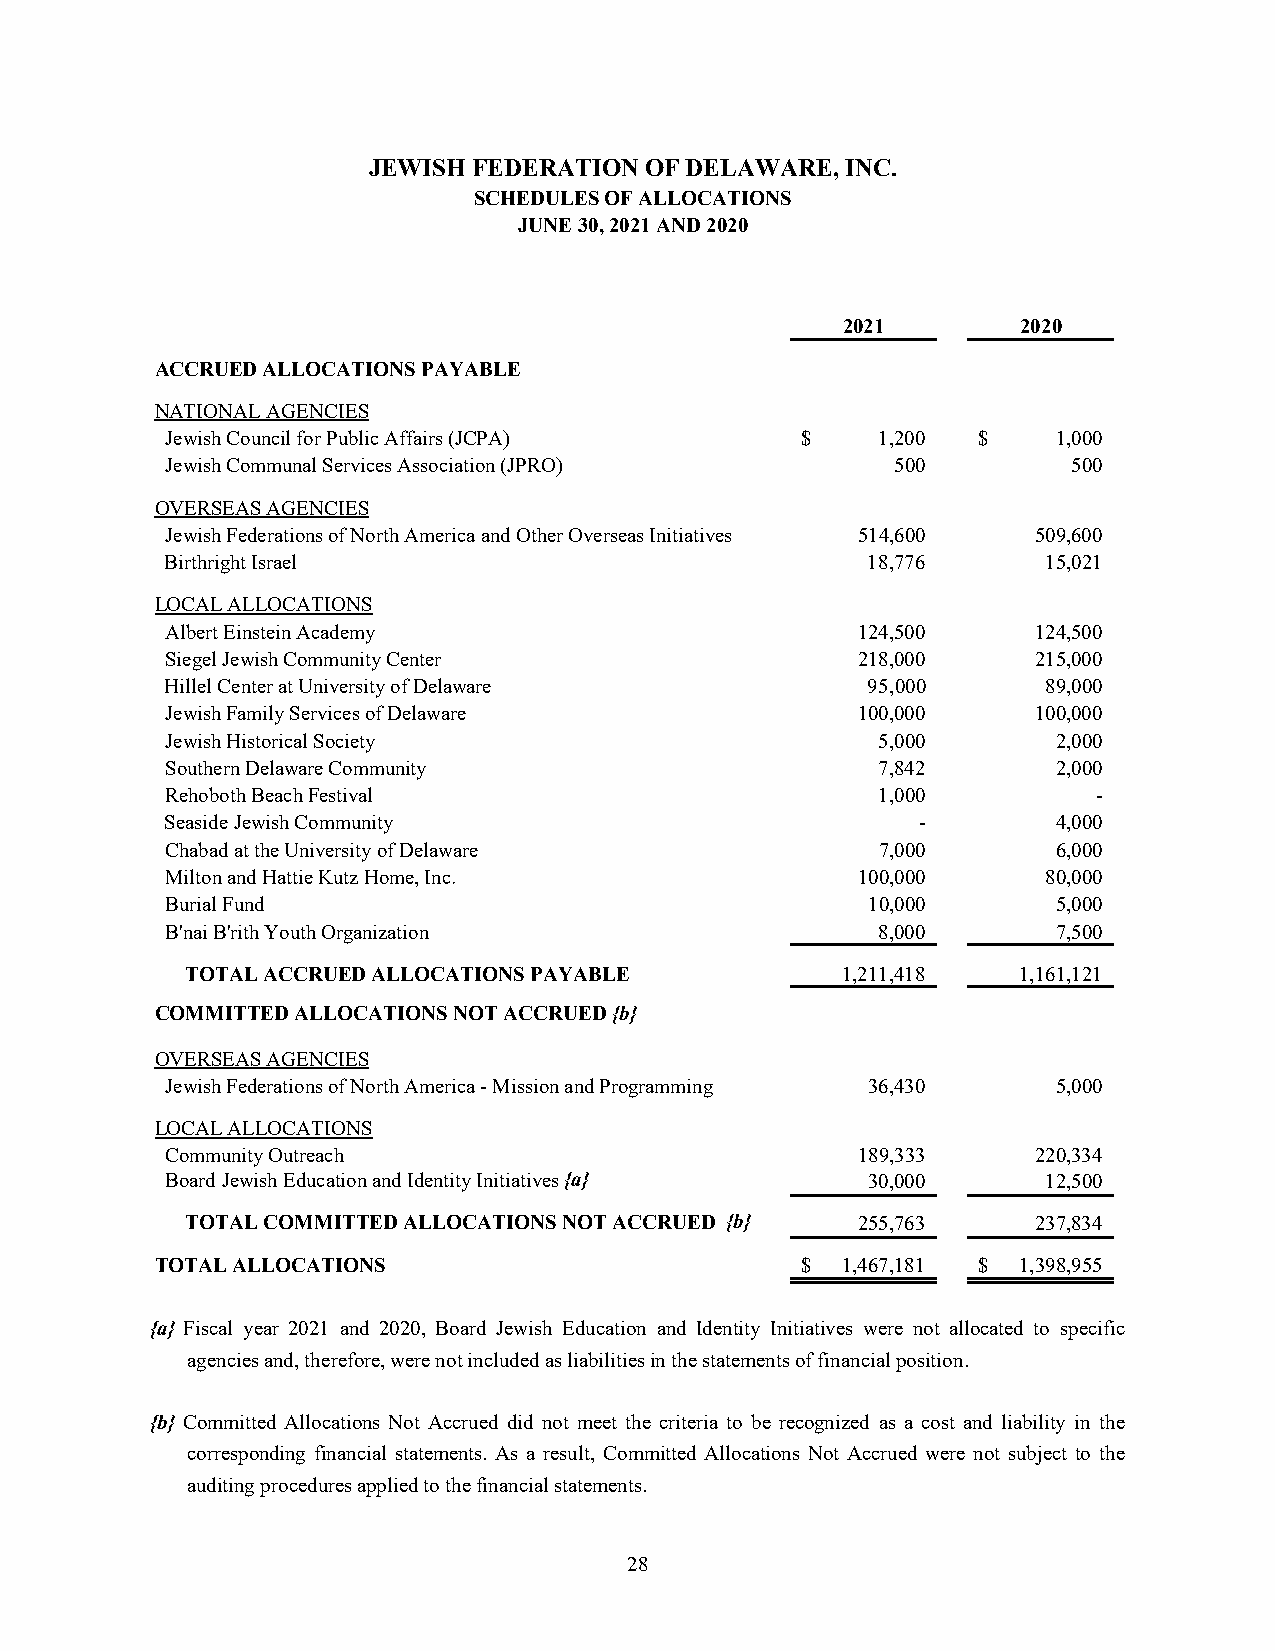
JEWISH FEDERATION  OF DELAWARE, INC.
 SCHEDULES OF ALLOCATIONS
 JUNE 30, 2021 AND 2020
 2021        2020
 ACCRUED ALLOCATIONS PAYABLE
 NATIONAL AGENCIES
 Jewish Council for Public Affairs (JCPA)  $    1,200  $    1,000
 Jewish Communal Services Association (JPRO)     500         500
 OVERSEAS AGENCIES
 Jewish Federations of North America and Other Overseas Initiatives 514,600 509,600
 Birthright Israel                             18,776      15,021
 LOCAL ALLOCATIONS
 Albert Einstein Academy                       124,500    124,500
 Siegel Jewish Community Center                218,000     215,000
 Hillel Center at University of Delaware       95,000      89,000
 Jewish Family Services of Delaware            100,000    100,000
 Jewish Historical Society                      5,000       2,000
 Southern Delaware Community                    7,842       2,000
 Rehoboth Beach Festival                        1,000          -
 Seaside Jewish Community                          -        4,000
 Chabad at the University of Delaware           7,000       6,000
 Milton and Hattie Kutz Home, Inc.             100,000     80,000
 Burial Fund                                   10,000       5,000
 B'nai B'rith Youth Organization                8,000       7,500
 TOTAL ACCRUED ALLOCATIONS PAYABLE           1,211,418  1,161,121
 COMMITTED ALLOCATIONS NOT ACCRUED {b}
 OVERSEAS AGENCIES
 Jewish Federations of North America - Mission and Programming 36,430 5,000
 LOCAL ALLOCATIONS
 Community Outreach                            189,333    220,334
 Board Jewish Education and Identity Initiatives {a} 30,000 12,500
 TOTAL COMMITTED ALLOCATIONS NOT ACCRUED {b}  255,763    237,834
 TOTAL ALLOCATIONS                          $  1,467,181 $ 1,398,955
 {a} Fiscal year 2021 and 2020, Board Jewish Education and Identity Initiatives were not allocated to specific
 agencies and, therefore, were not included as liabilities in the statements of financial position.
 {b} Committed Allocations Not Accrued did not meet the criteria to be recognized as a cost and liability in the
 corresponding financial statements. As a result, Committed Allocations Not Accrued were not subject to the
 auditing procedures applied to the financial statements.
 28